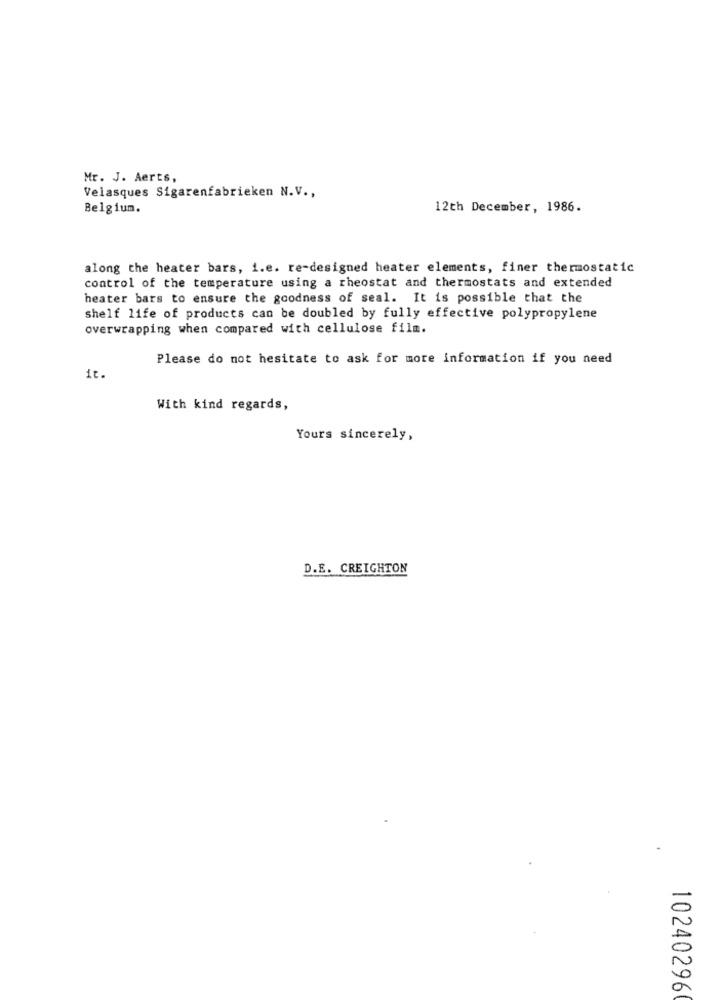
Mr. J. Aerts,
Velasques Sigarenfabrieken N.V .,
Belgium.
12th December, 1986.
along the heater bars, i.e. re-designed heater elements, finer thermostatic
control of the temperature using a rheostat and thermostats and extended
heater bars to ensure the goodness of seal. It is possible that the
shelf life of products can be doubled by fully effective polypropylene
overwrapping when compared with cellulose film.
Please do not hesitate to ask for more information if you need
it.
With kind regards,
Yours sincerely,
D.E. CREIGHTON
10240296